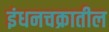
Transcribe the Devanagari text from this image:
इंधनचक्रातील